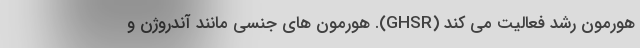
هورمون رشد فعالیت می کند (GHSR). هورمون های جنسی مانند آندروژن و